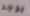
يوجد